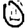
Digit: 0